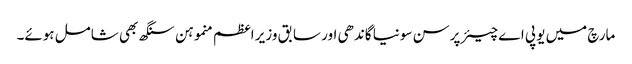
مارچ میں یو پی اے چیئرپرسن سونیا گاندھی اور سابق وزیر اعظم منموہن سنگھ بھی شامل ہوئے۔